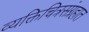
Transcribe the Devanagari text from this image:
व्यक्तिचित्रसंग्रहात